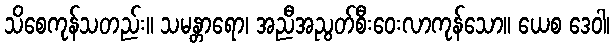
သိစေကုန်သတည်း။ သမန္တာရော၊ အညီအညွတ်စီးဝေးလာကုန်သော။ ယေစ ဒေဝါ၊